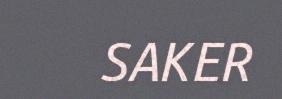
SAKER